Report of the Indian Hemp Drugs Commission, 1894-1895 - Volume VII
Year: 1894
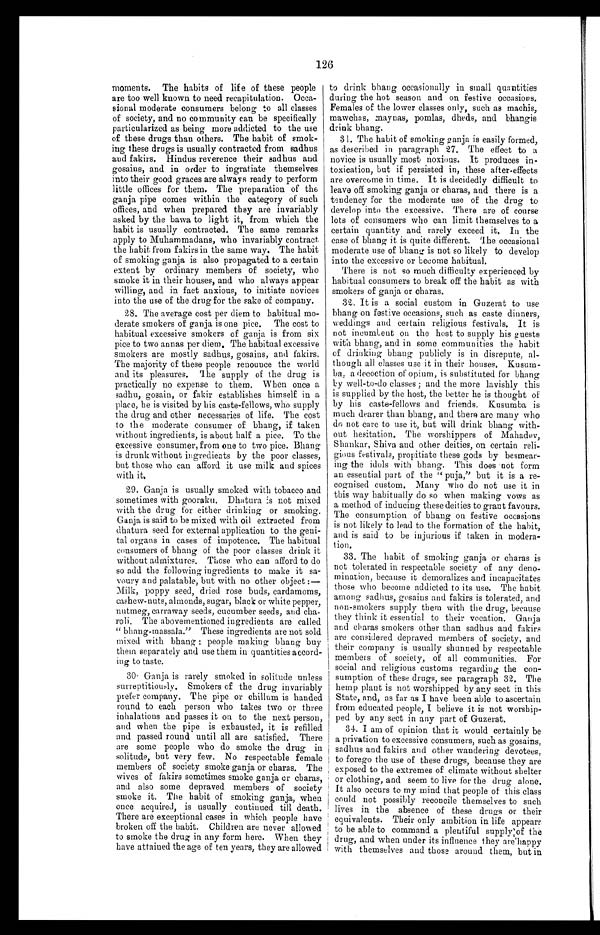
126
moments. The habits of life of these people
are too well known to need recapitulation. Occa
-
sional moderate consumers belong to all classes
of society, and no community can be specifically
particularized as being more addicted to the use
of these drugs than others. The habit of smok
-
ing these drugs is usually contracted from sadhus
and fakirs. Hindus reverence their sadhus and
gosains, and in order to ingratiate themselves
into their good graces are always ready to perform
little offices for them. The preparation of the
ganja pipe comes within the category of such
offices, and when prepared they are invariably
asked by the bawa to light it, from which the
habit is usually contracted. The same remarks
apply to Muhammadans, who invariably contract
the habit from fakirs in the same way. The habit
of smoking ganja is also propagated to a certain
extent by ordinary members of society, who
smoke it in their houses, and who always appear
willing, and in fact anxious, to initiate novices
into the use of the drug for the sake of company.
28. The average cost per diem to habitual mo
-
derate smokers of ganja is one pice. The cost to
habitual excessive smokers of ganja is from six
pice to two annas per diem. The habitual excessive
smokers are mostly sadhus, gosains, and fakirs.
The majority of these people renounce the world
and its pleasures. The supply of the drug is
practically no expense to them. When once a
sadhu, gosain, or fakir establishes himself in a
place, he is visited by his caste-fellows, who supply
the drug and other necessaries of life. The cost
to the moderate consumer of bhang, if taken
without ingredients, is about half a pice. To the
excessive consumer, from one to two pice. Bhang
is drunk without ingredients by the poor classes,
but those who can afford it use milk and spices
with it.
29. Ganja is usually smoked with tobacco and
sometimes with gooraku. Dhatura is not mixed
with the drug for either drinking or smoking.
Ganja is said to be mixed with oil extracted from
dhatura seed for external application to the geni
-
tal organs in cases of impotence. The habitual
consumers of bhang of the poor classes drink it
without admixtures. Those who can afford to do
so add the following ingredients to make it sa
-
voury and palatable, but with no other object:
—
Milk, poppy seed, dried rose buds, cardamoms,
cashew-nuts, almonds, sugar, black or white pepper,
nutmeg, carraway seeds, cucumber seeds, and cha
-
roli. The abovementioned ingredients are called
"bhang-massala." These ingredients are not sold
mixed with bhang ; people making bhang buy
them separately and use them in quantities accord
-
ing to taste.
30. Ganja is rarely smoked in solitude unless
surreptitiously. Smokers of the drug invariably
prefer company. The pipe or chillum is handed
round to each person who takes two or three
inhalations and passes it on to the next person,
and when the pipe is exhausted, it is refilled
and passed round until all are satisfied. There
are some people who do smoke the drug in
solitude, but very few. No respectable female
members of society smoke ganja or charas. The
wives of fakirs sometimes smoke ganja or charas,
and also some depraved members of society
smoke it. The habit of smoking ganja, when
once acquired, is usually continued till death.
There are exceptional cases in which people have
broken off the habit. Children are never allowed
to smoke the drug in any form here. When they
have attained the age of ten years, they are allowed
to drink bhang occasionally in small quantities
during the hot season and on festive occasions.
Females of the lower classes only, such as machis,
mawchas, maynas, pomlas, dheds, and bhangis
drink bhang.
31. The habit of smoking ganja is easily formed,
as described in paragraph 27. The effect to a
novice is usually most noxious. It produces in
-
toxication, but if persisted in, these after-effects
are overcome in time. It is decidedly difficult to
leave off smoking ganja or charas, and there is a
tendency for the moderate use of the drug to
develop into the excessive. There are of course
lots of consumers who can limit themselves to a
certain quantity and rarely exceed it. In the
case of bhang it is quite different. The occasional
moderate use of bhang is not so likely to develop
into the excessive or become habitual.
There is not so much difficulty experienced by
habitual consumers to break off the habit as with
smokers of ganja or charas.
32. It is a social custom in Guzerat to use
bhang on festive occasions, such as caste dinners,
weddings and certain religious festivals. It is
not incumbent on the host to supply his guests
with bhang, and in some communities the habit
of drinking bhang publicly is in disrepute, al
-
though all classes use it in their houses. Kusu
m -
ba, a decoction of opium, is substituted for bhang
by well-to-do classes ; and the more lavishly this
is supplied by the host, the better he is thought of
by his caste-fellows and friends. Kusumba is
much dearer than bhang, and there are many who
do not care to use it, but will drink bhang with
-
out hesitation. The worshippers of Mahadev,
Shankar, Shiva and other deities, on certain reli
-
gious festivals, propitiate these gods by besmear
-
ing the idols with bhang. This does not form
an essential part of the "puja," but it is a re-
cognised custom. Many who do not use it in
this way habitually do so when making vows as
a method of inducing these deities to grant favours.
The consumption of bhang on festive occasions
is not likely to lead to the formation of the habit,
and is said to be injurious if taken in modera
-
tion.
33. The habit of smoking ganja or charas is
not tolerated in respectable society of any deno
-
mination, because it demoralizes and incapacitates
those who become addicted to its use. The habit
among sadhus, gosains and fakirs is tolerated, and
non-smokers supply them with the drug, because
they think it essential to their vocation. Ganja
and charas smokers other than sadhus and fakirs
are considered depraved members of society, and
their company is usually shunned by respectable
members of society, of all communities. For
social and religious customs regarding the con
-
sumption of these drugs, see paragraph 32. The
hemp plant is not worshipped by any sect in this
State, and, as far as I have been able to ascertain
from educated people, I believe it is not worship
-
ped by any sect in any part of Guzerat.
34. I am of opinion that it would certainly be
a privation to excessive consumers, such as gosains,
sadhus and fakirs and other wandering devotees,
to forego the use of these drugs, because they are
exposed to the extremes of climate without shelter
or clothing, and seem to live for the drug alone.
It also occurs to my mind that people of this class
could not possibly reconcile themselves to such
lives in the absence of these drugs or their
equivalents. Their only ambition in life appears
to be able to command a plentiful supply of the
drug, and when under its influence they are happy
with themselves and those around them, but in